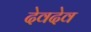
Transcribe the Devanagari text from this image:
देवदेव